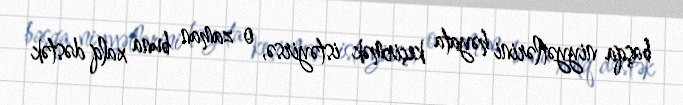
başqa niyyətlərini həyata keçirmək istəyirsə, o zaman buna xalq dəstək